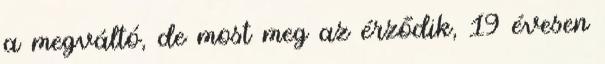
a megváltó, de most meg az érződik, 19 évesen